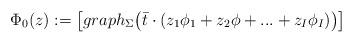
LaTeX: \begin{align*} \Phi_0(z):= \big[graph_{\Sigma}\big(\bar{t}\cdot(z_1\phi_1+z_2\phi+... + z_I\phi_I) \big) \big] \end{align*}